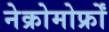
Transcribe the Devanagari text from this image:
नेक्रोमोर्फ्रों